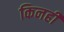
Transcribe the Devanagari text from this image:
किनहीं